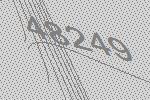
48249